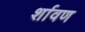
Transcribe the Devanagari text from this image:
र्शावण